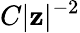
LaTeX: C|\mathbf{z}|^{-2}